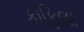
કાફિલા